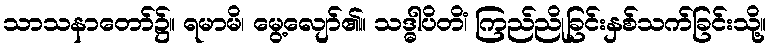
သာသနာတော်၌။ ရမာမိ၊ မွေ့လျော်၏။ သဒ္ဓါပိတိံ၊ ကြည်ညိုခြင်းနှစ်သက်ခြင်းသို့။